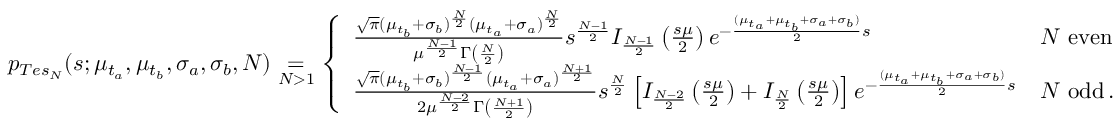
\begin{array} { r } { p _ { T e s _ { N } } ( s ; \mu _ { t _ { a } } , \mu _ { t _ { b } } , \sigma _ { a } , \sigma _ { b } , N ) \underset { N > 1 } { = } \left\lbrace \begin{array} { l l l } { \frac { \sqrt { \pi } ( \mu _ { t _ { b } } + \sigma _ { b } ) ^ { \frac { N } { 2 } } ( \mu _ { t _ { a } } + \sigma _ { a } ) ^ { \frac { N } { 2 } } } { \mu ^ { \frac { N - 1 } { 2 } } \Gamma \left( \frac { N } { 2 } \right) } s ^ { \frac { N - 1 } { 2 } } I _ { \frac { N - 1 } { 2 } } \left( \frac { s \mu } { 2 } \right) e ^ { - \frac { ( \mu _ { t _ { a } } + \mu _ { t _ { b } } + \sigma _ { a } + \sigma _ { b } ) } { 2 } s } } & { N ~ \mathrm { e v e n } } \\ { \frac { \sqrt { \pi } ( \mu _ { t _ { b } } + \sigma _ { b } ) ^ { \frac { N - 1 } { 2 } } ( \mu _ { t _ { a } } + \sigma _ { a } ) ^ { \frac { N + 1 } { 2 } } } { 2 \mu ^ { \frac { N - 2 } { 2 } } \Gamma \left( \frac { N + 1 } { 2 } \right) } s ^ { \frac { N } { 2 } } \left[ I _ { \frac { N - 2 } { 2 } } \left( \frac { s \mu } { 2 } \right) + I _ { \frac { N } { 2 } } \left( \frac { s \mu } { 2 } \right) \right] e ^ { - \frac { ( \mu _ { t _ { a } } + \mu _ { t _ { b } } + \sigma _ { a } + \sigma _ { b } ) } { 2 } s } } & { N ~ \mathrm { o d d } \, . } \end{array} \right. } \end{array}